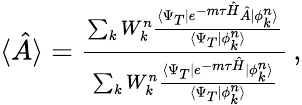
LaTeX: \begin{array}{r}{\langle\hat{A}\rangle=\frac{\sum_{k}W_{k}^{n}\frac{\langle\Psi_{T}|e^{-m\tau\hat{H}}\hat{A}|\phi_{k}^{n}\rangle}{\langle\Psi_{T}|\phi_{k}^{n}\rangle}}{\sum_{k}W_{k}^{n}\frac{\langle\Psi_{T}|e^{-m\tau\hat{H}}|\phi_{k}^{n}\rangle}{\langle\Psi_{T}|\phi_{k}^{n}\rangle}}\, ,}\end{array}